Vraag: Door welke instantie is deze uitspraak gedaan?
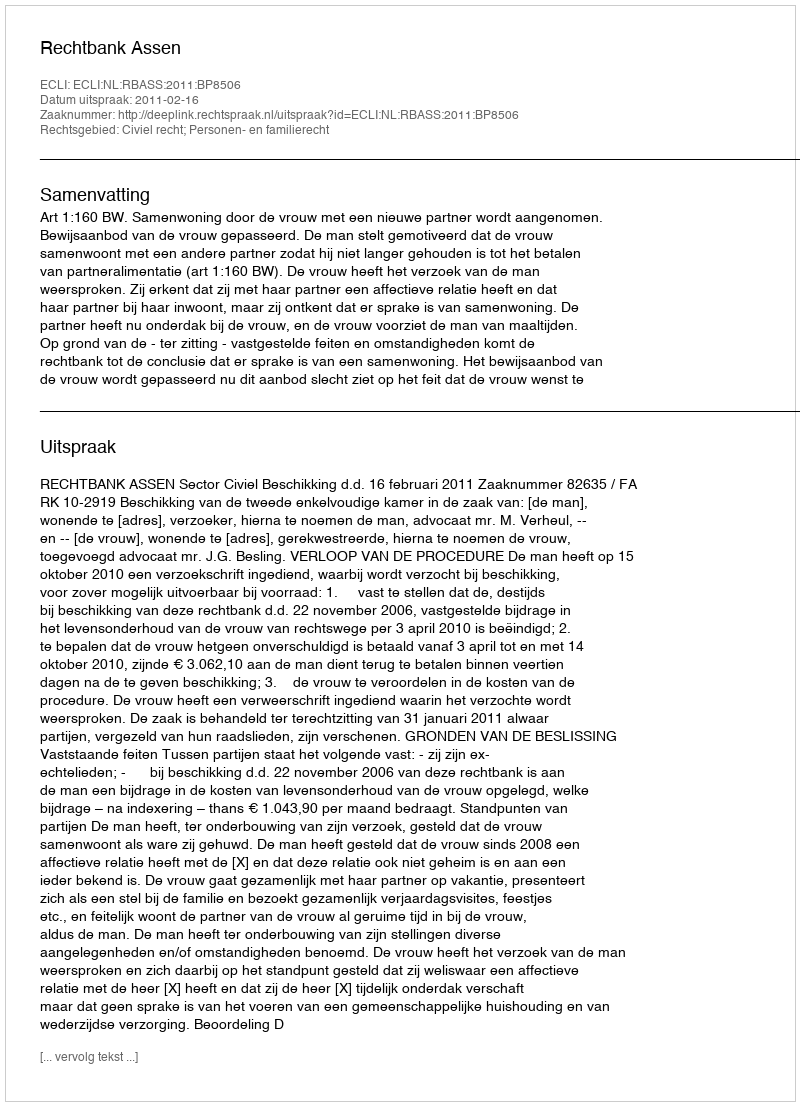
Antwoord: Rechtbank Assen